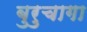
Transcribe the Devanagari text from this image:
बुरुचागा